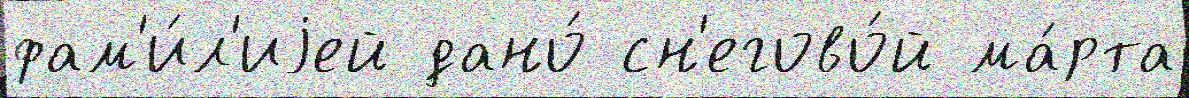
фам'и́л'иjей дано́ сн'егово́й ма́рта